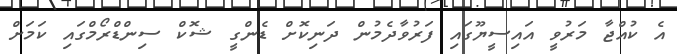
އެ ކުއްޖާ މަރުވީ އައިސީޔޫގައި ފަރުވާދެމުން ދަނިކޮށް ޑެންގީ ޝޮކް ސިންޑްރޯމްގައި ކަމަށް